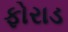
ફોરાડ